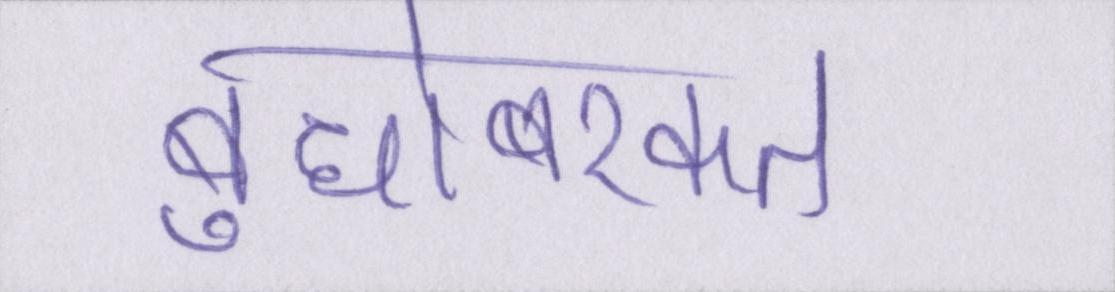
बुधोबरकत